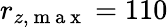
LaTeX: r_{z,\mathrm{~m~a~x~}}=110